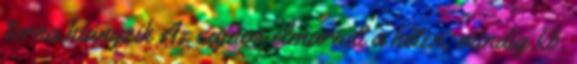
torna hiányzik Az sajnos elmaradt a héten, mindig kb.